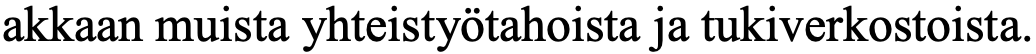
akkaan muista yhteistyötahoista ja tukiverkostoista.